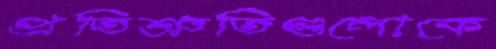
প্রতিশ্রুতিগুলোকে